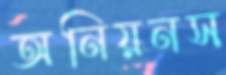
অনিয়নস